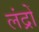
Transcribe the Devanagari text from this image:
लंद्रों